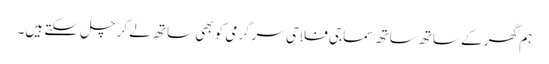
ہم گھر کے ساتھ ساتھ سماجی فلاحی سرگرمی کو بھی ساتھ لے کر چل سکتے ہیں۔